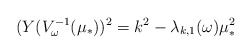
\begin{align*}(Y(V_\omega^{-1}(\mu_*))^2 = k^2 - \lambda_{k,1}(\omega) \mu_*^2\end{align*}